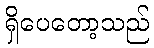
ရှိပေတော့သည်